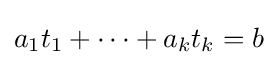
a_{1}t_{1}+\cdots +a_{k}t_{k}=b